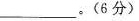
___。( 六分 )